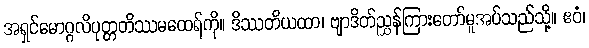
အရှင်မောဂ္ဂလိပုတ္တတိဿမထေရ်ကို။ ဒိဿတိယထာ၊ ဗျာဒိတ်ညွှန်ကြားတော်မူအပ်သည်သို့။ ဧဝံ၊